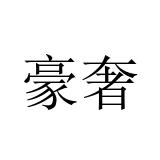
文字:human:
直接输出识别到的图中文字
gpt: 豪奢